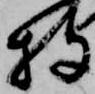
持